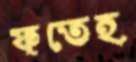
ফতেহ